system: You are a helpful assistant.
user:
Analyze the provided spectrum to determine if it is a **White Dwarf (WD)**.

A White Dwarf spectrum is defined by its **extreme purity** (due to gravitational settling) and/or **extreme pressure broadening** (due to high surface gravity). You must check for one of the following mutually exclusive signatures:

- **Key Visual Indicators (Check for ONE of these types):**

    - **1. DA-Type Signature (Most Common):**
        - **(Primary Feature):** Extreme pressure broadening (Stark broadening) of the **Hydrogen (H) Balmer lines**.
        - **(Key Lines):** $H\beta$ (approx. $4861$ Å) and $H\gamma$ (approx. $4340$ Å). $H\alpha$ (approx. $6563$ Å) will also be present if the wavelength range covers it.
        - **(Line Profile):** This is the **defining feature**. The lines are **NOT** sharp. They appear as massive, **extremely broad and deep "troughs" or "dips"** in the spectrum, often hundreds of Ångströms wide. The continuum will appear to "scoop" down at these wavelengths.
        - **(Distinction):** Normal A-type or B-type stars have *narrow* and *sharp* Hydrogen lines. A DA White Dwarf's lines are unmistakably "smeared" or "blurry" from pressure.

    - **2. DB-Type Signature:**
        - **(Primary Feature):** Broad absorption lines from **Neutral Helium (He I)**. The spectrum must lack any visible Hydrogen lines.
        - **(Key Lines):** Look for broad absorption near $4471$ Å, $4921$ Å, and $5876$ Å.
        - **(Line Profile):** These lines are also significantly pressure-broadened, appearing much wider than they would in a normal B-type main-sequence star.

    - **3. DC-Type Signature:**
        - **(Primary Feature):** A **featureless continuous spectrum**.
        - **(Line Profile):** The spectrum is a smooth curve with **no significant absorption or emission lines**.
        - **(Key Confirmation):** The continuum is almost always **blue or white**, indicating a hot object. This signature implies the atmosphere is so pure (or so cool) that no spectral lines are visible in the optical range. Its WD identity is confirmed by its extremely low intrinsic brightness (high absolute magnitude).

    - **4. DZ-Type Signature (Metal-Polluted):**
        - **(Primary Feature):** **Isolated, narrow metal absorption lines** on an otherwise featureless (DC-like) continuum.
        - **(Key Lines):** The **Calcium (Ca II) H & K doublet** (approx. **$3934$ Å** and **$3968$ Å**) is the most common and defining feature.
        - **(Line Profile):** These lines are "out of place." They are *not* part of a "forest" of thousands of lines. This signature is evidence of recent *accretion* (pollution) from rocky debris.
        - **(Distinction):** Normal G/K/M stars have a *dense forest* of thousands of metal lines. A DZ has a *clean* continuum with *only a few* strong metal lines.

    - **5. DQ-Type Signature (Carbon-Polluted):**
        - **(Primary Feature):** Absorption bands from **Carbon (C₂ "Swan Bands" or atomic C I)**.
        - **(Key Lines - C₂):** Look for bandheads with a "saw-tooth" shape near $5635$ Å, **$5165$ Å** (strongest), and $4737$ Å.
        - **(Key Confirmation):** The underlying **continuum must be blue or white** (hot).
        - **(Distinction):** This is the critical difference from a **Carbon Star**, which has the *exact same* C₂ bands but on an extremely **red, cool** continuum.

- **(Overall Spectrum):**
    - The continuum (overall shape) is typically **blue-sloping** (brighter in the blue than the red), as most white dwarfs are very hot.
    - The spectrum will look "pure" or "simple," dominated by only *one* of the five signatures listed above.

Think first, call **spectral_visualization_tool** if needed to examine features in detail, then provide your final answer. Your response must adhere to the following strict rules:
1.  **Overall Structure:** Your response must follow the format `<think>...</think> <tool_call>...</tool_call> (if a tool is used) <answer>...</answer>`.
2.  **Tool Usage Constraint:** You may only make **one** tool call per turn.
3.  **Final Answer Format:** In the `<answer>` tag, your conclusion must be inside a `\boxed{}` command (e.g., `\boxed{YES}` or `\boxed{NO}`), followed by your justification.

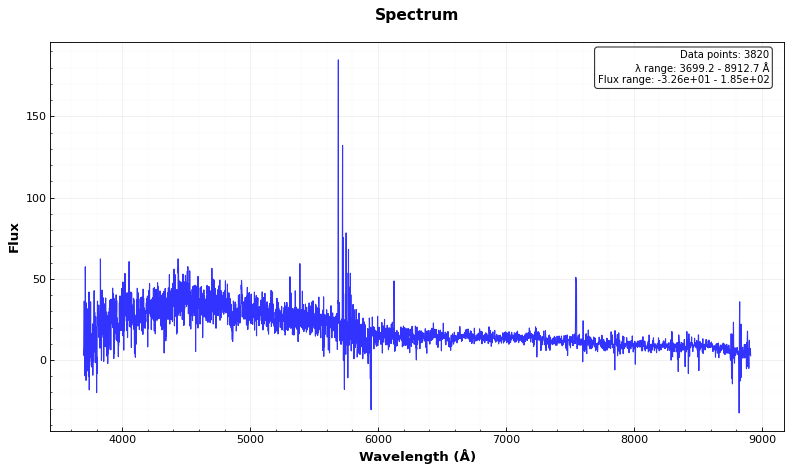
Answer: NO